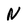
Character: N